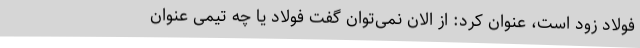
فولاد زود است، عنوان کرد: از الان نمی‌توان گفت فولاد یا چه تیمی عنوان